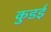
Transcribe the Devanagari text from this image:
कुडई